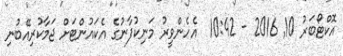
އޮކްޓޯބަރު 10